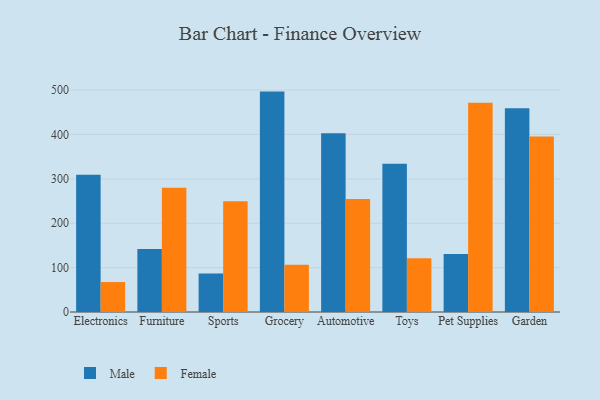
{"axis": {"x": "Category", "y": "Headcount"}, "legend": ["Female", "Male"], "data": [{"x": "Electronics", "y": 309.4, "type": "Male"}, {"x": "Electronics", "y": 67.5, "type": "Female"}, {"x": "Furniture", "y": 141.9, "type": "Male"}, {"x": "Furniture", "y": 280.0, "type": "Female"}, {"x": "Sports", "y": 87.0, "type": "Male"}, {"x": "Sports", "y": 249.6, "type": "Female"}, {"x": "Grocery", "y": 496.5, "type": "Male"}, {"x": "Grocery", "y": 106.2, "type": "Female"}, {"x": "Automotive", "y": 402.4, "type": "Male"}, {"x": "Automotive", "y": 254.4, "type": "Female"}, {"x": "Toys", "y": 334.1, "type": "Male"}, {"x": "Toys", "y": 121.2, "type": "Female"}, {"x": "Pet Supplies", "y": 130.8, "type": "Male"}, {"x": "Pet Supplies", "y": 471.6, "type": "Female"}, {"x": "Garden", "y": 459.1, "type": "Male"}, {"x": "Garden", "y": 395.1, "type": "Female"}]}